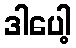
ဒါပေါ့